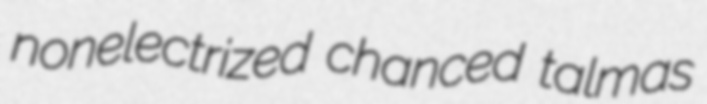
nonelectrized chanced talmas